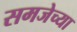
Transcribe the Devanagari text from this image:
समजेच्या